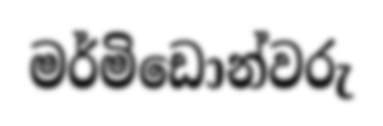
මර්මිඩොන්වරු